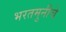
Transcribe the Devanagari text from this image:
भरतमुनीचे